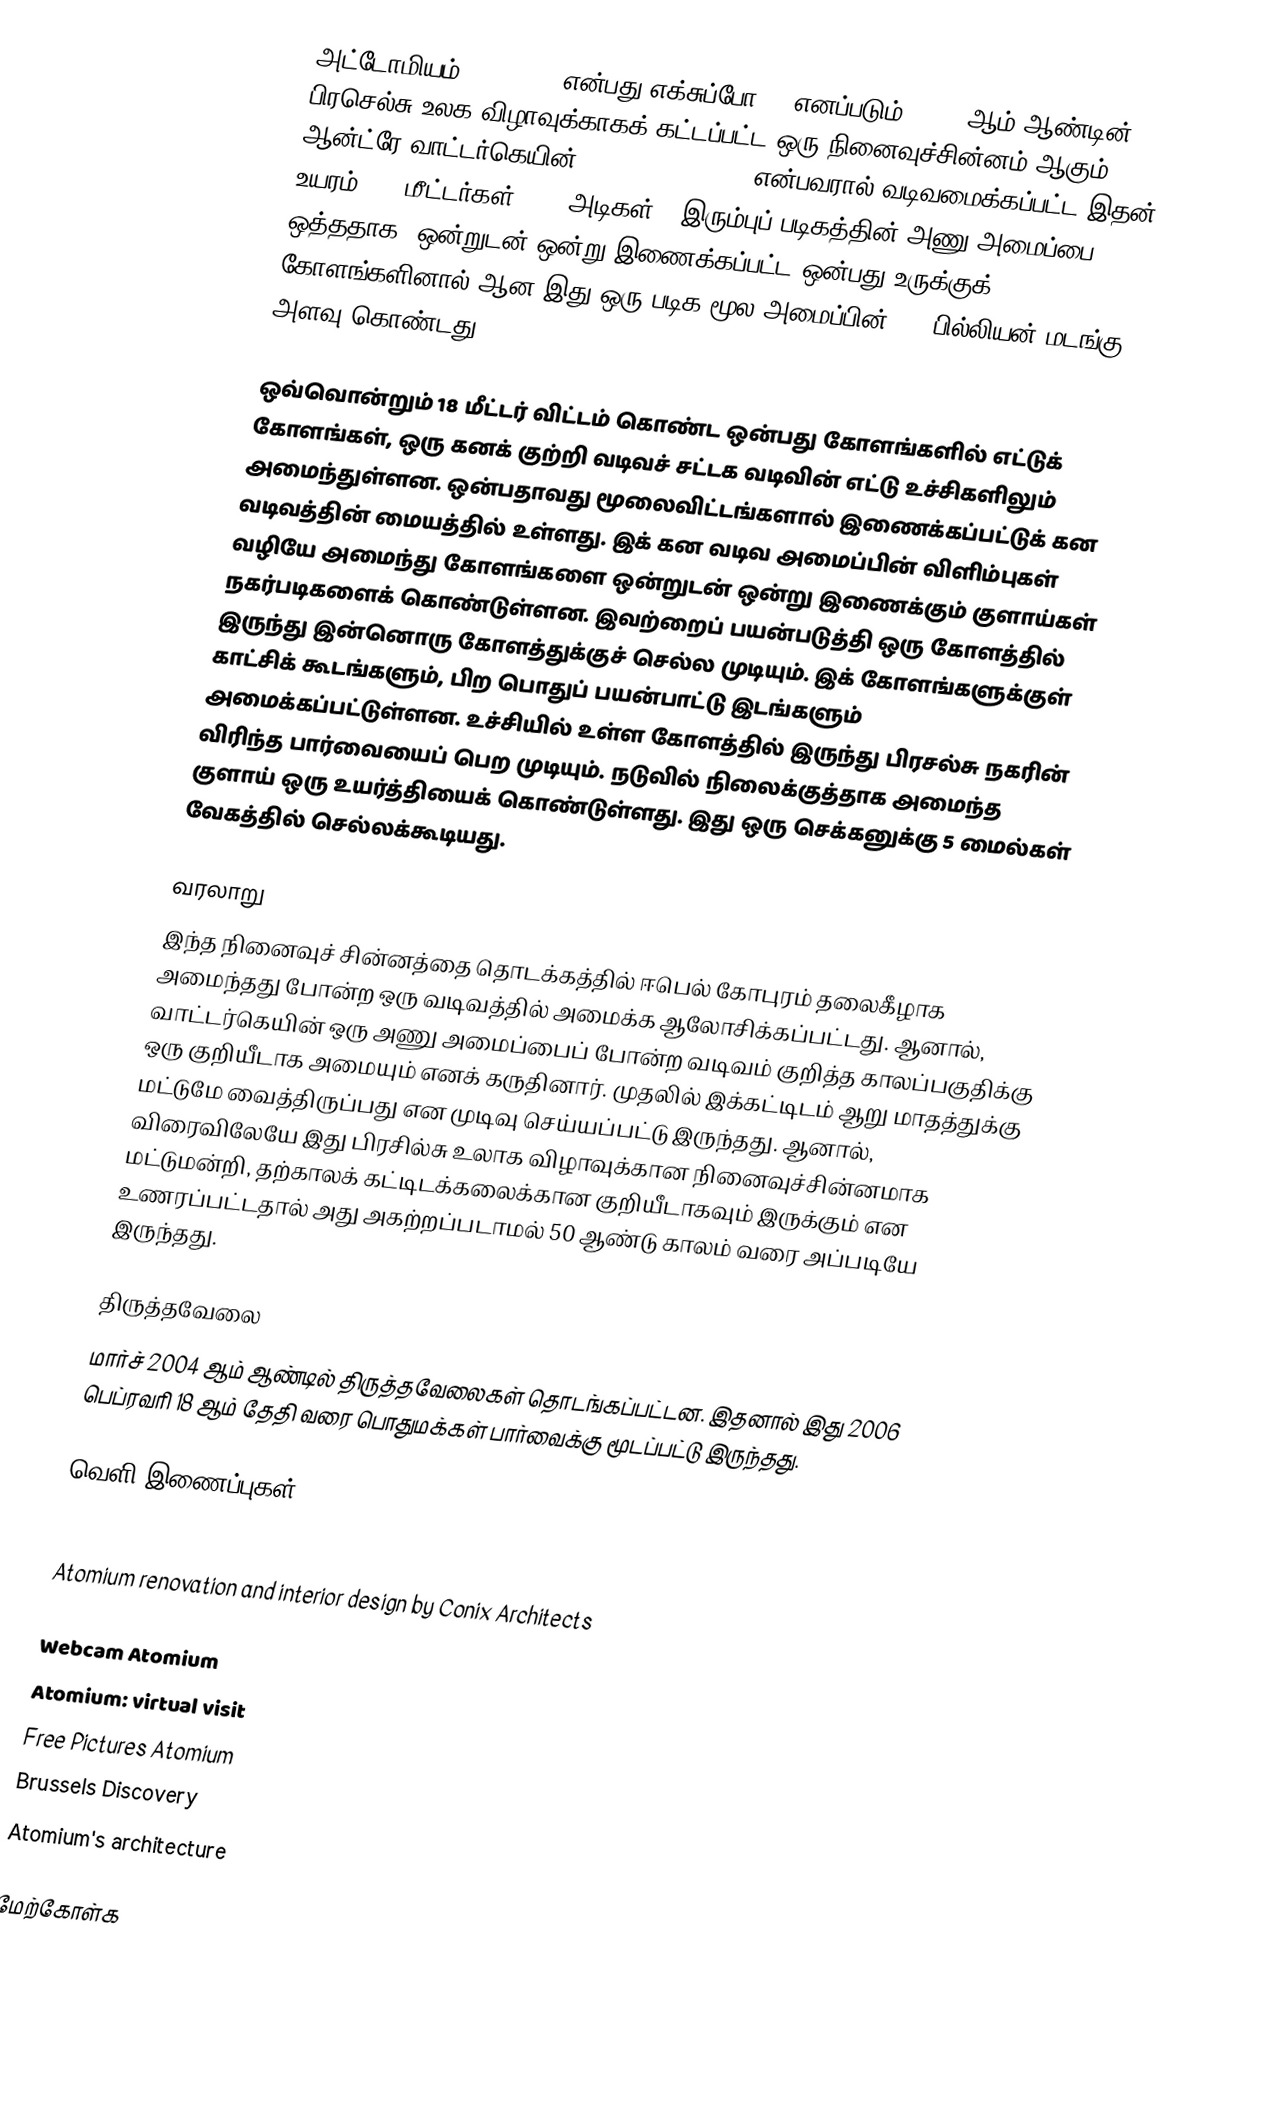
அட்டோமியம் (Atomium) என்பது எக்சுப்போ 58 எனப்படும், 1958 ஆம் ஆண்டின் பிரசெல்சு உலக விழாவுக்காகக் கட்டப்பட்ட ஒரு நினைவுச்சின்னம் ஆகும். ஆன்ட்ரே வாட்டர்கெயின் (André Waterkeyn) என்பவரால் வடிவமைக்கப்பட்ட இதன் உயரம் 102 மீட்டர்கள் (335 அடிகள்). இரும்புப் படிகத்தின் அணு அமைப்பை ஒத்ததாக, ஒன்றுடன் ஒன்று இணைக்கப்பட்ட ஒன்பது உருக்குக் கோளங்களினால் ஆன இது ஒரு படிக மூல அமைப்பின் 165 பில்லியன் மடங்கு அளவு கொண்டது.

ஒவ்வொன்றும் 18 மீட்டர் விட்டம் கொண்ட ஒன்பது கோளங்களில் எட்டுக் கோளங்கள், ஒரு கனக் குற்றி வடிவச் சட்டக வடிவின் எட்டு உச்சிகளிலும் அமைந்துள்ளன. ஒன்பதாவது மூலைவிட்டங்களால் இணைக்கப்பட்டுக் கன வடிவத்தின் மையத்தில் உள்ளது. இக் கன வடிவ அமைப்பின் விளிம்புகள் வழியே அமைந்து கோளங்களை ஒன்றுடன் ஒன்று இணைக்கும் குளாய்கள் நகர்படிகளைக் கொண்டுள்ளன. இவற்றைப் பயன்படுத்தி ஒரு கோளத்தில் இருந்து இன்னொரு கோளத்துக்குச் செல்ல முடியும். இக் கோளங்களுக்குள் காட்சிக் கூடங்களும், பிற பொதுப் பயன்பாட்டு இடங்களும் அமைக்கப்பட்டுள்ளன. உச்சியில் உள்ள கோளத்தில் இருந்து பிரசல்சு நகரின் விரிந்த பார்வையைப் பெற முடியும். நடுவில் நிலைக்குத்தாக அமைந்த குளாய் ஒரு உயர்த்தியைக் கொண்டுள்ளது. இது ஒரு செக்கனுக்கு 5 மைல்கள் வேகத்தில் செல்லக்கூடியது.

வரலாறு
இந்த நினைவுச் சின்னத்தை தொடக்கத்தில் ஈபெல் கோபுரம் தலைகீழாக அமைந்தது போன்ற ஒரு வடிவத்தில் அமைக்க ஆலோசிக்கப்பட்டது. ஆனால், வாட்டர்கெயின் ஒரு அணு அமைப்பைப் போன்ற வடிவம் குறித்த காலப்பகுதிக்கு ஒரு குறியீடாக அமையும் எனக் கருதினார். முதலில் இக்கட்டிடம் ஆறு மாதத்துக்கு மட்டுமே வைத்திருப்பது என முடிவு செய்யப்பட்டு இருந்தது. ஆனால், விரைவிலேயே இது பிரசில்சு உலாக விழாவுக்கான நினைவுச்சின்னமாக மட்டுமன்றி, தற்காலக் கட்டிடக்கலைக்கான குறியீடாகவும் இருக்கும் என உணரப்பட்டதால் அது அகற்றப்படாமல் 50 ஆண்டு காலம் வரை அப்படியே இருந்தது.

திருத்தவேலை
மார்ச் 2004 ஆம் ஆண்டில் திருத்தவேலைகள் தொடங்கப்பட்டன. இதனால் இது 2006 பெப்ரவரி 18 ஆம் தேதி வரை பொதுமக்கள் பார்வைக்கு மூடப்பட்டு இருந்தது.

வெளி இணைப்புகள்

 Atomium renovation and interior design by Conix Architects

 Webcam Atomium
 Atomium: virtual visit
 Free Pictures Atomium
 Brussels Discovery
 Atomium's architecture

மேற்கோள்க